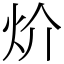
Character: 炌